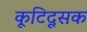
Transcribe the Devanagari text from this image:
कूटिदूसक